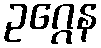
ဥဂ္ဂေန